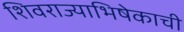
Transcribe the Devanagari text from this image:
शिवराज्याभिषेकाची